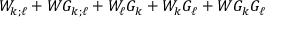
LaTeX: W _ { k ; \ell } + W G _ { k ; \ell } + W _ { \ell } G _ { k } + W _ { k } G _ { \ell } + W G _ { k } G _ { \ell }